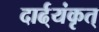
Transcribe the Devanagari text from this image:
दार्ढ्‌यंकृत्